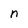
Character: n